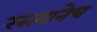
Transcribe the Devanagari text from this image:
रस्त्यानेच